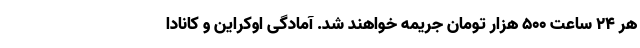
هر ۲۴ ساعت ۵۰۰ هزار تومان جریمه خواهند شد. آمادگی اوکراین و کانادا